Annual report of the Central Committee of the Association together with the report of the directors of the Pasteur Institute at Kasauli
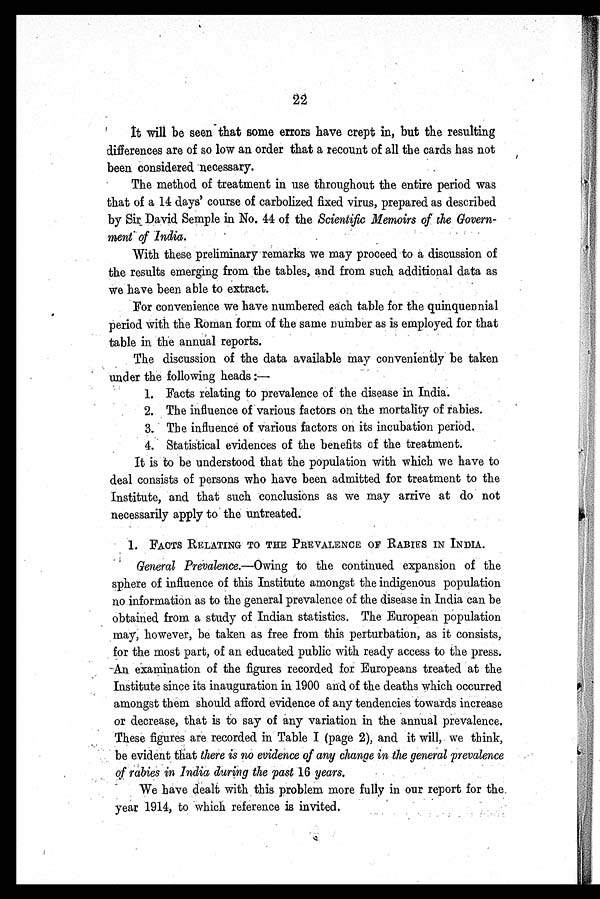
22
It will be seen - that some errors have crept in, but the resulting
differences are of so low an order that a recount of all the cards has not
been considered necessary.
The method of treatment in use throughout the entire period was
that of a 14 days' course of carbolized fixed virus, prepared as described
by Sir David Semple in No. 44 of the Scientific Memoirs of the Govern
-ment of India.
With these preliminary remarks we may proceed to a discussion of
the results emerging from the tables, and from such additional data as
we have been able to extract.
For convenience we have numbered each table for the quinquennial
period with the Roman form of the same number as is employed for that
table in the annual reports.
The discussion of the data available may conveniently be taken
under the following heads:—
1. Facts relating to prevalence of the disease in India.
2. The influence of various factors on the mortality of rabies.
3. The influence of various factors on its incubation period.
4. Statistical evidences of the benefits of the treatment.
It is to be understood that the population with which we have to
deal consists of persons who have been admitted for treatment to the
Institute, and that such conclusions as we may arrive at do not
necessarily apply to the untreated.
1. FACTS RELATING TO THE PREVALENCE OF RABIES IN INDIA.
General Prevalence. —Owing to the continued expansion of the
sphere of influence of this Institute amongst the indigenous population
no information as to the general prevalence of the disease in India can be
obtained from a study of Indian statistics. The European population
may, however, be taken as free from this perturbation, as it consists,
for the most part, of an educated public with ready access to the press.
An examination of the figures recorded for Europeans treated at the
Institute since its inauguration in 1900 and of the deaths which occurred
amongst them should afford evidence of any tendencies towards increase
or decrease, that is to say of any variation in the annual prevalence.
These figures are recorded in Table I (page 2), and it will, we think,
be evident that there is no evidence of any change in the general prevalence
of rabies in India during the past 16 years.
We have dealt with this problem more fully in our report for the.
year 1914, to which reference is invited.